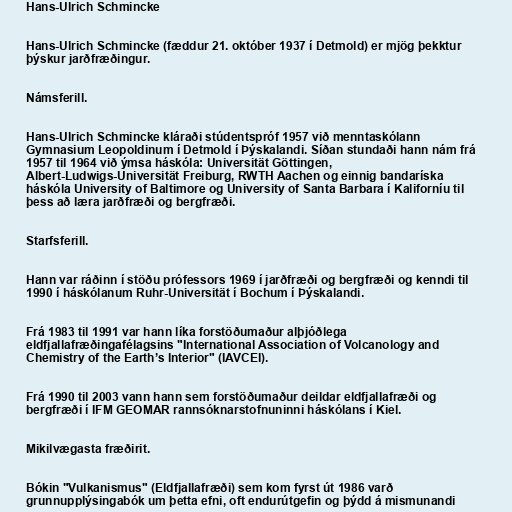
Hans-Ulrich Schmincke

Hans-Ulrich Schmincke (fæddur 21. október 1937 í Detmold) er mjög þekktur
þýskur jarðfræðingur.

Námsferill.

Hans-Ulrich Schmincke kláraði stúdentspróf 1957 við menntaskólann
Gymnasium Leopoldinum í Detmold í Þýskalandi. Síðan stundaði hann nám frá
1957 til 1964 við ýmsa háskóla: Universität Göttingen,
Albert-Ludwigs-Universität Freiburg, RWTH Aachen og einnig bandaríska
háskóla University of Baltimore og University of Santa Barbara í Kaliforníu til
þess að læra jarðfræði og bergfræði.

Starfsferill.

Hann var ráðinn í stöðu prófessors 1969 í jarðfræði og bergfræði og kenndi til
1990 í háskólanum Ruhr-Universität í Bochum í Þýskalandi.

Frá 1983 til 1991 var hann líka forstöðumaður alþjóðlega
eldfjallafræðingafélagsins "International Association of Volcanology and
Chemistry of the Earth’s Interior" (IAVCEI).

Frá 1990 til 2003 vann hann sem forstöðumaður deildar eldfjallafræði og
bergfræði í IFM GEOMAR rannsóknarstofnuninni háskólans í Kiel.

Mikilvægasta fræðirit.

Bókin "Vulkanismus" (Eldfjallafræði) sem kom fyrst út 1986 varð
grunnupplýsingabók um þetta efni, oft endurútgefin og þýdd á mismunandi